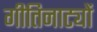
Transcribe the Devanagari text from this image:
गीतिनाट्यों